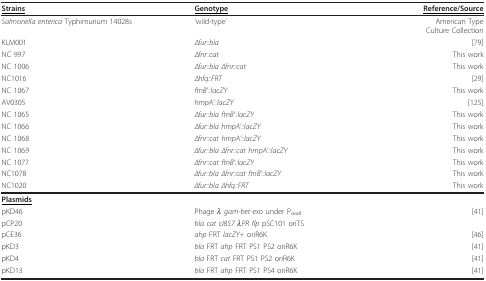
| <underline>Strains</underline> | <underline>Genotype</underline> | <underline>Reference/Source</underline> |
 | --- | --- | --- |
 | Salmonella enterica Typhimurium 14028s | 'wild-type' | American TypeCulture Collection |
 | KLM001 | Δfur::bla | [79] |
 | NC 997 | Δfnr::cat | This work |
 | NC 1006 | Δfur::bla Δfnr::cat | This work |
 | NC1016 | Δhfq::FRT | [29] |
 | NC 1067 | ftnB'::lacZY | This work |
 | AV0305 | hmpA'::lacZY | [125] |
 | NC 1065 | Δfur::bla ftnB'::lacZY | This work |
 | NC 1066 | Δfur::bla hmpA'::lacZY | This work |
 | NC 1068 | Δfnr::cat hmpA'::lacZY | This work |
 | NC 1069 | Δfur::bla Δfnr::cat hmpA'::lacZY | This work |
 | NC 1077 | Δfnr::cat ftnB'::lacZY | This work |
 | NC1078 | Δfur::bla Δfnr::cat ftnB'::lacZY | This work |
 | NC1020 | Δfur::bla Δhfq::FRT | This work |
 | <underline>Plasmids</underline> |  |  |
 | pKD46 | Phage λ gam-bet-exo under ParaB | [41] |
 | pCP20 | bla cat cI857 λPR flp pSC101 oriTS |  |
 | pCE36 | ahp FRT lacZY+ oriR6K | [46] |
 | pKD3 | bla FRT ahp FRT PS1 PS2 oriR6K | [41] |
 | pKD4 | bla FRT cat FRT PS1 PS2 oriR6K | [41] |
 | pKD13 | bla FRT ahp FRT PS1 PS4 oriR6K | [41] |